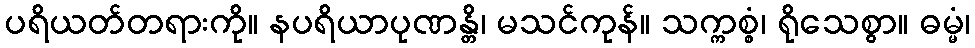
ပရိယတ်တရားကို။ နပရိယာပုဏန္တိ၊ မသင်ကုန်။ သက္ကစ္စံ၊ ရိုသေစွာ။ ဓမ္မံ၊